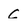
Character: C